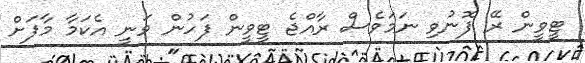
ޓީވީން ރޭ ފޮނުވި ނަމަވެސް ރާއްޖެ ޓީވީން ފަހުން ވަނީ އެކަމާ މާފަށް